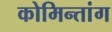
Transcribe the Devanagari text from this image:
कोमिन्तांग